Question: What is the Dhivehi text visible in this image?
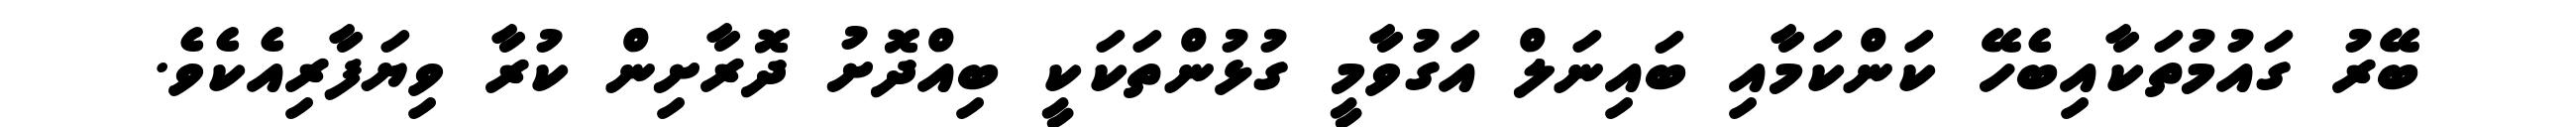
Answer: ބޭރު ގައުމުތަކާއިބެހޭ ކަންކަމާއި ބައިނަލް އަގުވާމީ ގުޅުންތަކަކީ ބިއްދޮށު ދޮރާށިން ކުރާ ވިޔަފާރިއެކެވެ.